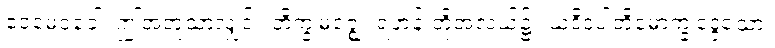
ဧဝမေဝခေါ၊ ဤအတူသာလျှင်။ ဘိက္ခုမဇ္ဈေ၊ ရဟန်းတို့အလယ်၌။ ယဒိဒံပါတိမောက္ခုဒ္ဒေသော၊